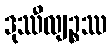
ဒုဿီလျဉ္စဿ